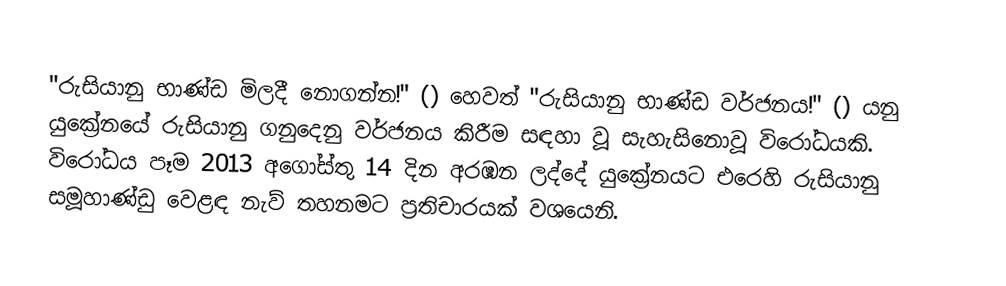
"රුසියානු භාණ්ඩ මිලදී නොගන්න!" () හෙවත් "රුසියානු භාණ්ඩ වර්ජනය!" () යනු යුක්‍රේනයේ රුසියානු ගනුදෙනු වර්ජනය කිරීම සඳහා වූ සැහැසිනොවූ විරෝධයකි. විරෝධය පෑම 2013 අගෝස්තු 14 දින අරඹන ලද්දේ යුක්‍රේනයට එරෙහි රුසියානු සමූහාණ්ඩු වෙළඳ නැව් තහනමට ප්‍රතිචාරයක් වශයෙනි.